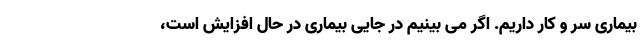
بیماری سر و کار داریم. اگر می بینیم در جایی بیماری در حال افزایش است،